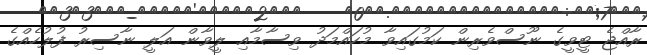
ރާއްޖެ ޓީވީގެ ނޫސްވެރިން ކަމުގައިވާ މުހައްމަދު ވިސާމާއި ލީވާން އަލީ ނާސިރު ފުލުހެއްގެ